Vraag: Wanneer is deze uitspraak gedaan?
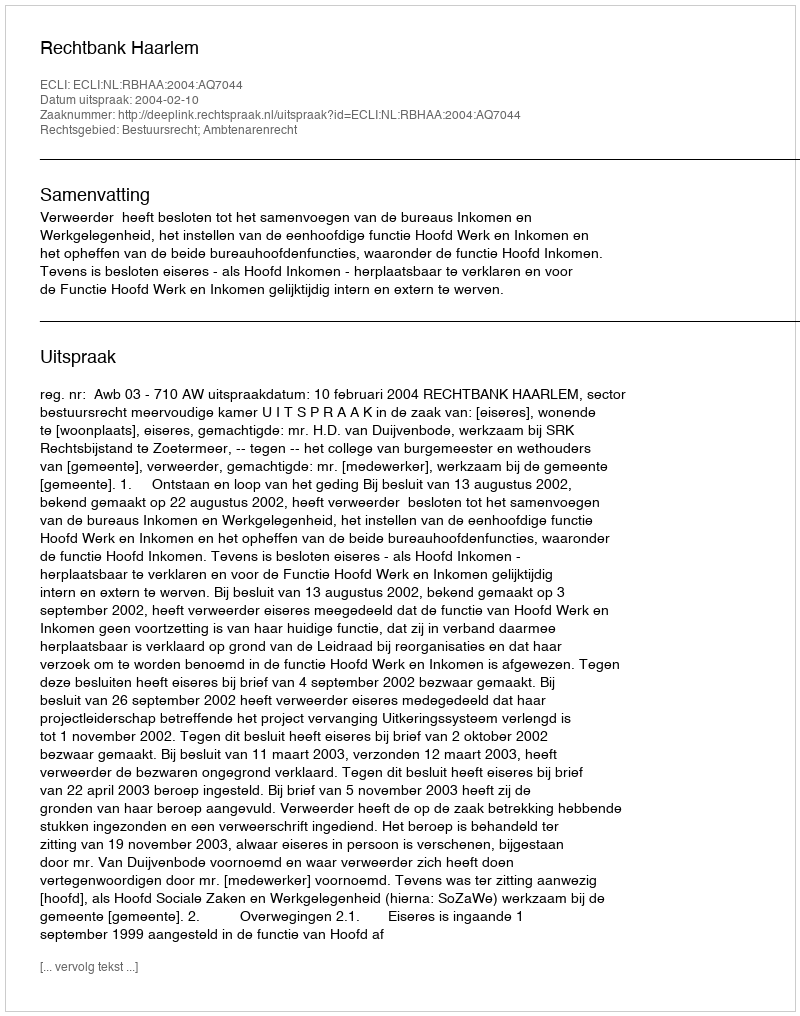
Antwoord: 2004-02-10